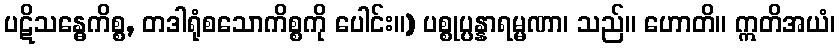
ပဋိသန္ဓေကိစ္စ, တဒါရုံစသောကိစ္စကို ပေါင်း။) ပစ္စုပ္ပန္နာရမ္မဏာ၊ သည်။ ဟောတိ။ ဣတိအယံ၊